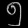
Digit: ၅